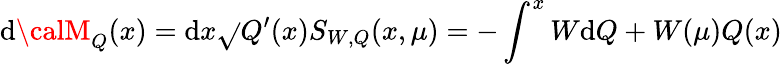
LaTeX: \mathrm{d}{\calM}_{Q}(x)=\mathrm{d}x\sqrt{}{{Q^{\prime}(x)}}S_{W,Q}(x,\mu)=-\int_{}^{x}{W\mathrm{d}Q}+W(\mu)Q(x)